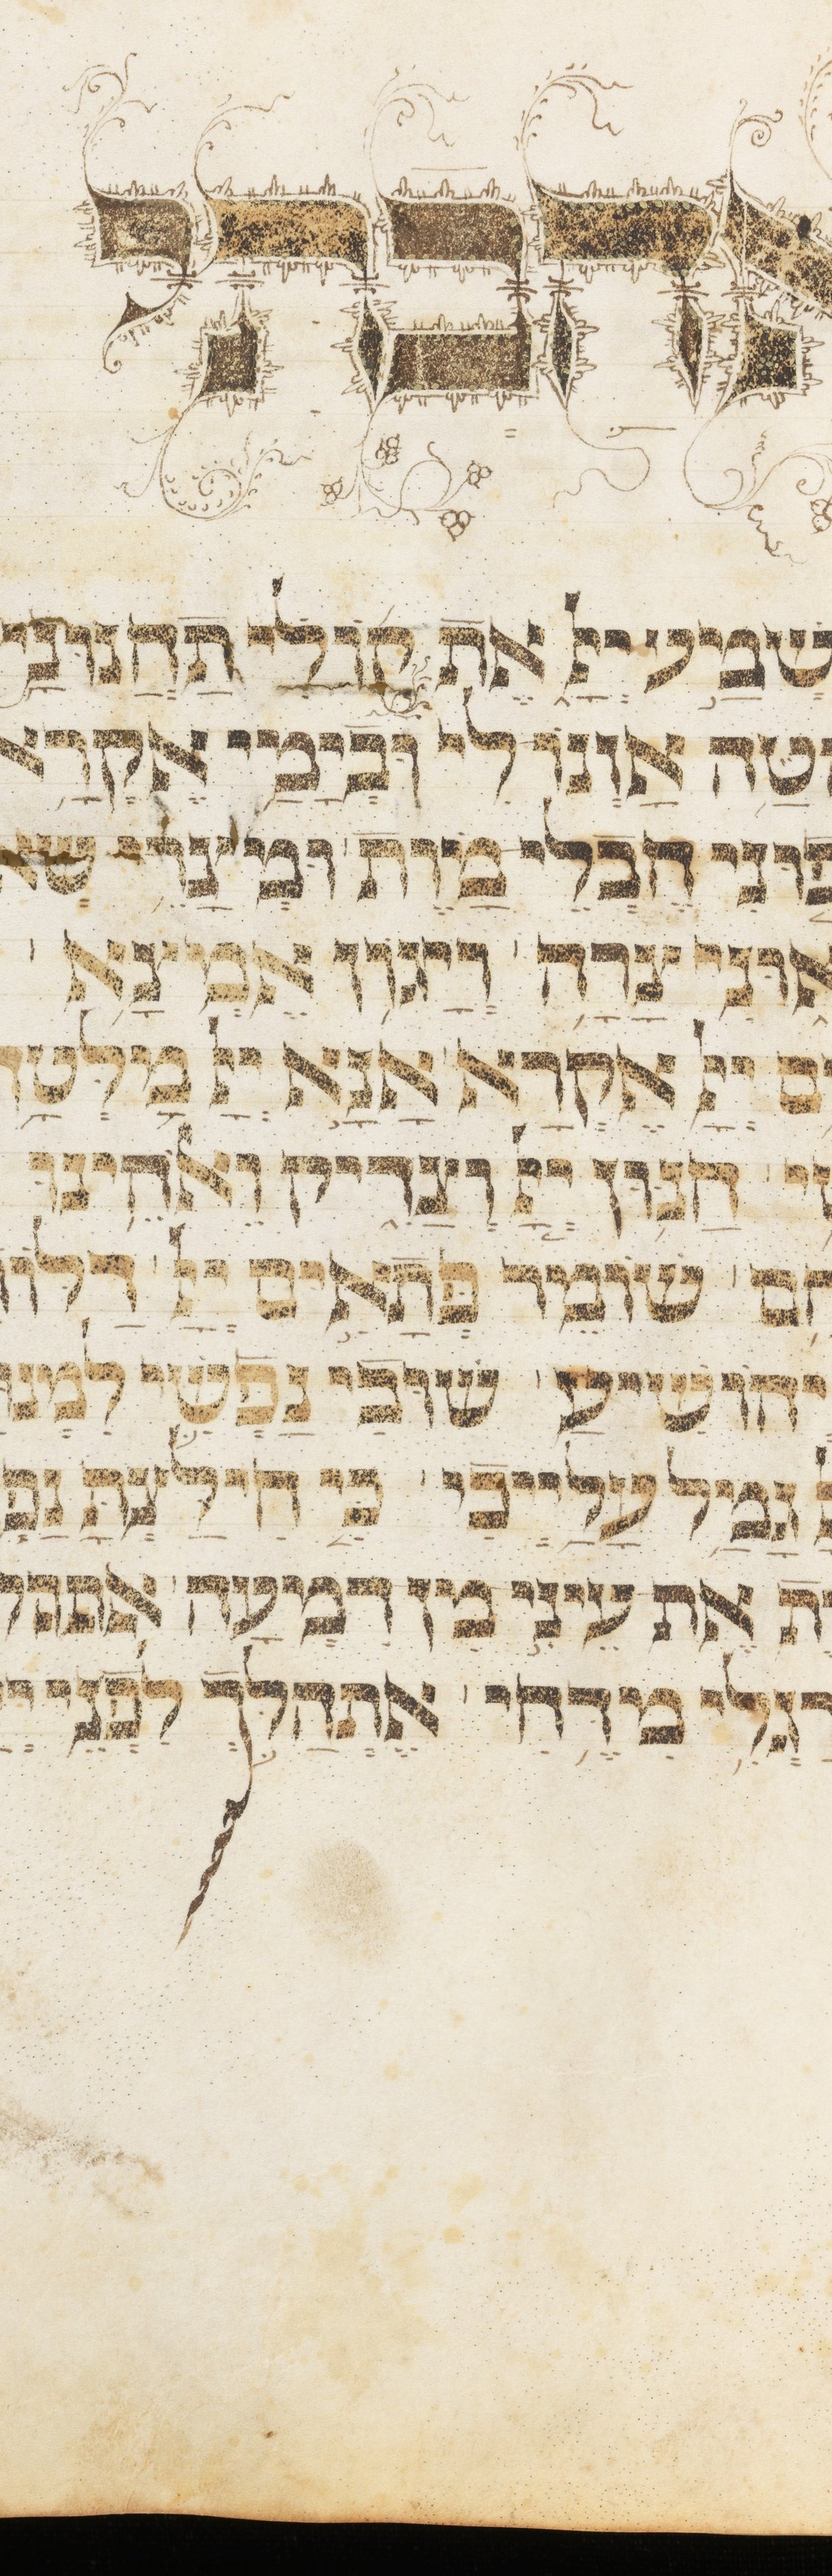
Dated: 1400–1499